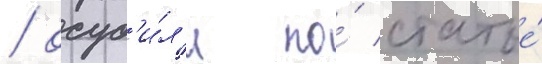
/ осуд'и́л'и по́ статье́